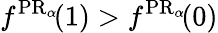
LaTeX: f^{\operatorname{PR}_{\alpha}\! }(1)>f^{\operatorname{PR}_{\alpha}\! }(0)